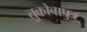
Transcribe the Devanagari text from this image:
तुकोबापुत्र